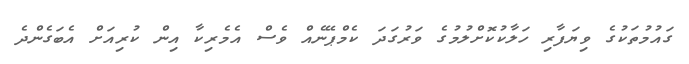
ގައުމުތަކުގެ ވިޔަފާރި ހަލާކުކޮށްލުމުގެ ވަރުގަދަ ކެމްޕޭނެއް ވެސް އެމެރިކާ އިން ކުރިއަށް އެބަގެންދެ